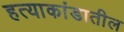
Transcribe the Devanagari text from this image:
हत्याकांडातील